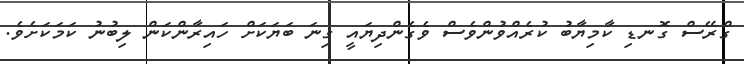
ގްރޭސް ގޮނޑި ކާމިޔާބު ކުރެއްވުންވެސް ވެގެންދިޔައީ ގިނަ ބަޔަކަށް ހައިރާންކަން ލިބުނު ކަމަކަށެވެ.